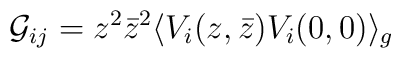
{\cal G}_{ij} = z^2 {\bar z}^2\langle V_i (z, {\bar z})V_i(0,0)\rangle _g